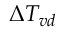
\Delta T _ { v d }